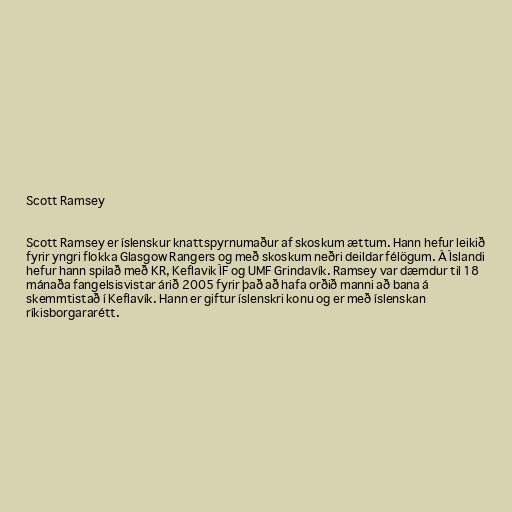
Scott Ramsey

Scott Ramsey er íslenskur knattspyrnumaður af skoskum ættum. Hann hefur leikið
fyrir yngri flokka Glasgow Rangers og með skoskum neðri deildar félögum. Á Íslandi
hefur hann spilað með KR, Keflavik ÍF og UMF Grindavík. Ramsey var dæmdur til 18
mánaða fangelsisvistar árið 2005 fyrir það að hafa orðið manni að bana á
skemmtistað í Keflavík. Hann er giftur íslenskri konu og er með íslenskan
ríkisborgararétt.